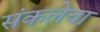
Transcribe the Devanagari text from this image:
संकलेचा